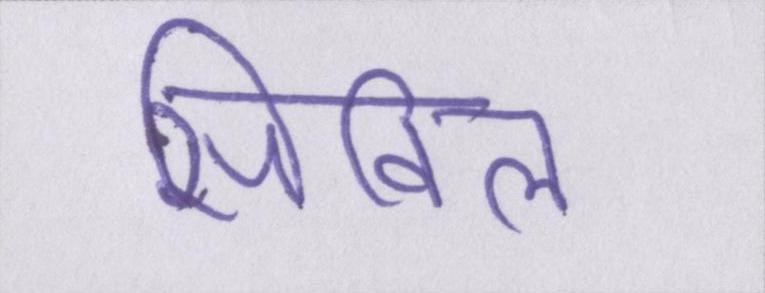
सिविल